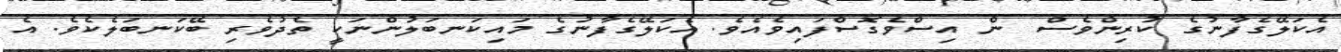
އެކަލޭގެފާނުގެ ކުރިންވެސް  ން އިސްވެގޮސްފައިވެއެވެ. އެކަލޭގެފާނުގެ މައިކަނބަލުންނަކީ ތެދުވެރި ބޭކަނބަލެކެވެ. އެ